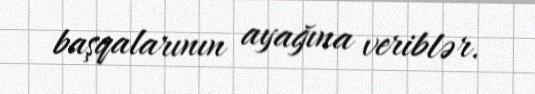
başqalarının ayağına veriblər.